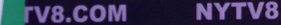
TV8.COM NYTV8